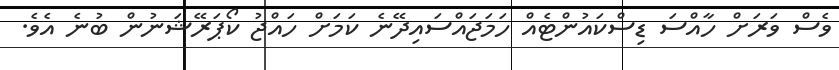
ވެސް ވަރަށް ހާއްސަ ޑިސްކައުންޓެއް ހަމަޖައްސައިދޭނެ ކަމަށް ހައްޖު ކޯޕަރޭޝަނުން ބުނެ އެވެ.